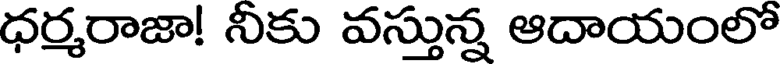
ధర్మరాజా! నీకు వస్తున్న ఆదాయంలో